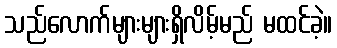
သည်လောက်များများရှိလိမ့်မည် မထင်ခဲ့။